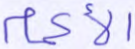
الأكمام